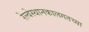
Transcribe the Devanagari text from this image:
रेल्वेस्थानकालगतच्या